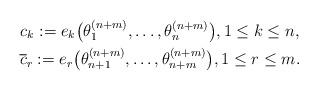
LaTeX: \begin{gather*}c_k:=e_k\big(\theta_1^{(n+m)},\ldots,\theta_{n}^{(n+m)}\big), 1 \le k \le n,\\{\overline{c}}_r:=e_r\big(\theta_{n+1}^{(n+m)},\ldots,\theta_{n+m}^{(n+m)}\big), 1 \le r \le m. \end{gather*}